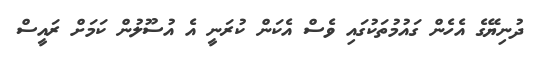
ދުނިޔޭގެ އެހެން ގައުމުތަކުގައި ވެސް އެކަން ކުރަނީ އެ އުސޫލުން ކަމަށް ރައީސް